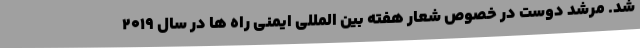
شد. مرشد دوست در خصوص شعار هفته بین المللی ایمنی راه ها در سال ۲۰۱۹